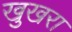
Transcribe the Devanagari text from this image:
खुखरा